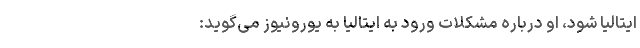
ایتالیا شود، او درباره مشکلات ورود به ایتالیا به یورونیوز می‌گوید: